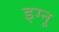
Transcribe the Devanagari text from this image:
इग्‍नू